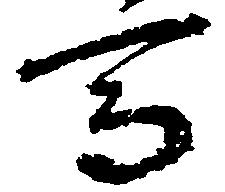
馬